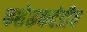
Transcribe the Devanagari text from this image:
कशेरूकदंडीय